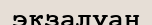
экзалуан